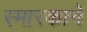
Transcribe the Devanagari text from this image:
स्मारकाने